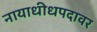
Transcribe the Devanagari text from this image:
नायाधीधपदावर